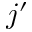
j ^ { \prime }